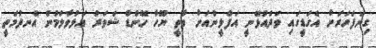
ގިނަފަހަރަށް އެގަޑީގައި ވަދެއުޅޭނީ އަފްލީންއަށް ވާތީ ޔޫހާ ހޭންޑް ޝަވަރު އަޅުވާލަމުން އެނދުމަތީ